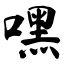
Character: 嘿